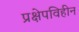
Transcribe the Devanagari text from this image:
प्रक्षेपविहीन